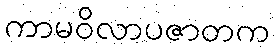
ကာမဝိလာပဇာတက